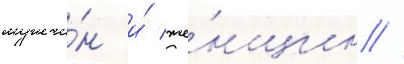
мужчи́н и́ же́нщин //